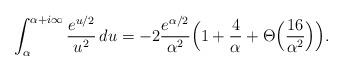
LaTeX: \begin{align*}\int_{\alpha}^{\alpha + i\infty} \frac{e^{u/2}}{u^2}\, du = -2\frac{e^{\alpha/2}}{\alpha^2}\Bigl( 1 + \frac{4}{\alpha} + \Theta\Bigl(\frac{16}{\alpha^2}\Bigr)\Bigr).\end{align*}